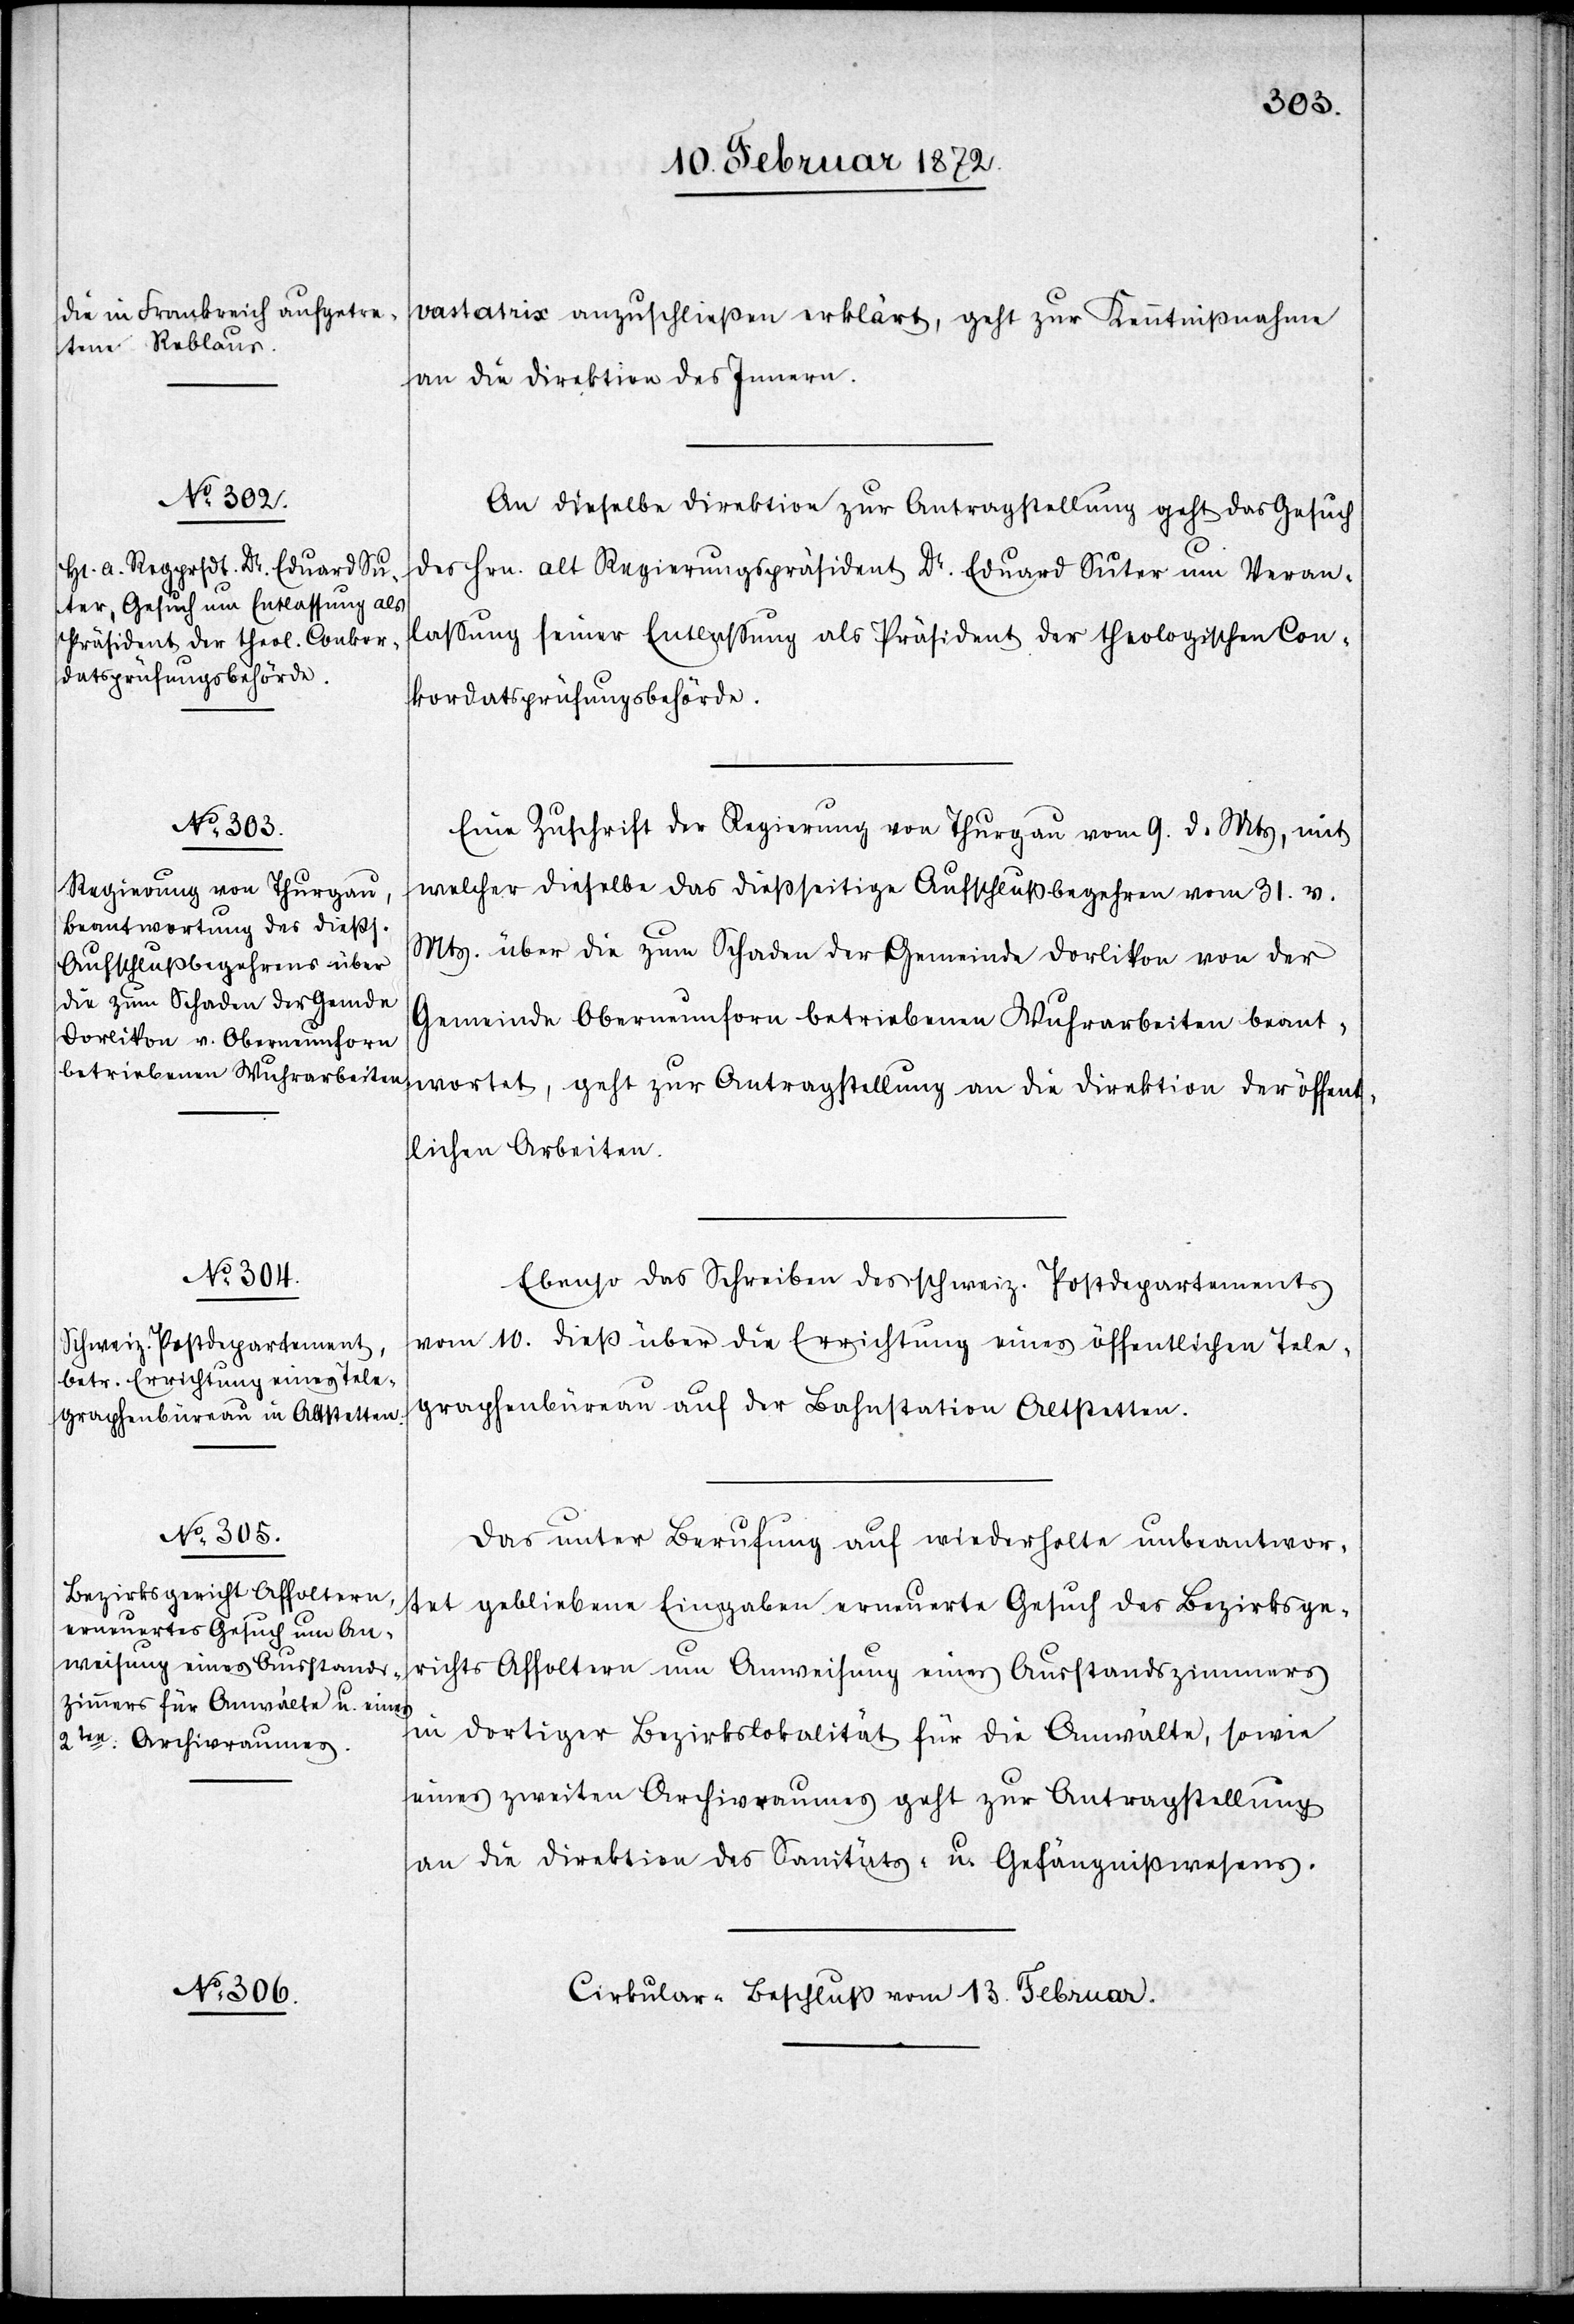
vastatrix anzuschließen erklärt, geht zur Kenntnißnahme
an die Direktion des Innern.
An dieselbe Direktion zur Antragstellung geht das Gesuch
des Hrn. alt Regierungspräsident Dr. Eduard Suter um Veran¬
lassung seiner Entlassung als Präsident der theologischen Con¬
kordatsprüfungsbehörde.
Eine Zuschrift der Regierung von Thurgau vom 9. d. Mts, mit
welcher dieselbe das dießseitige Aufschlußbegehren vom 31. v.
Mts. über die zum Schaden der Gemeinde Dorlikon von der
Gemeinde Oberneunforn betriebenen Wuhrarbeiten beant¬
wortet, geht zur Antragstellung an die Direktion der öffent¬
lichen Arbeiten.
Ebenso das Schreiben des schweiz. Postdepartements
vom 10. dieß über die Errichtung eines öffentlichen Tele¬
graphenbüreau auf der Bahnstation Altstetten.
Das unter Berufung auf wiederholte unbeantwor¬
tet gebliebene Eingaben erneuerte Gesuch des Bezirksge¬
richts Affoltern um Anweisung eines Ausstandszimmers
in dortiger Bezirkslokalität für die Anwälte, sowie
eines zweiten Archivraumes geht zur Antragstellung
an die Direktion des Sanitäts- u. Gefängnißwesens.